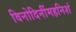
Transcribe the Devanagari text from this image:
विनोदिनींमहनिशं